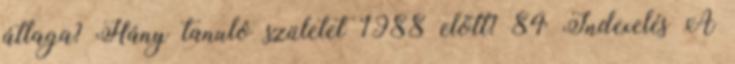
átlaga? Hány tanuló születet 1988 előtt? 84 Indexelés A